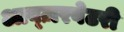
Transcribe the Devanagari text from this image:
आब्ज़रवेटरी